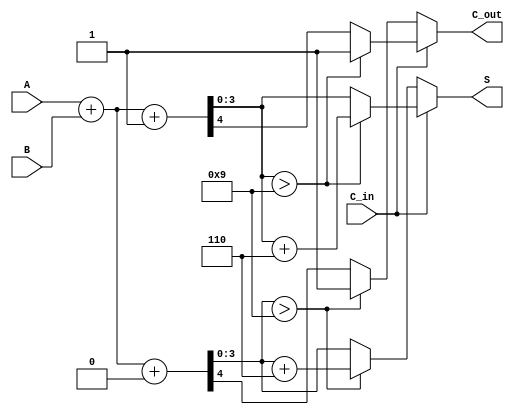
module BCD_Modified_Carry_Select_Adder (
    input [3:0] A,       // First BCD digit
    input [3:0] B,       // Second BCD digit
    input C_in,          // Carry input
    output reg [3:0] S,  // BCD result
    output reg C_out     // Carry output
);

    wire [4:0] sum0;     // Sum when C_in = 0
    wire [4:0] sum1;     // Sum when C_in = 1
    wire carry0;         // Carry out when C_in = 0
    wire carry1;         // Carry out when C_in = 1

    // Full Adder for C_in = 0
    assign sum0 = A + B + 1'b0; // Sum without carry
    assign carry0 = sum0[4];    // Carry out for C_in = 0

    // Full Adder for C_in = 1
    assign sum1 = A + B + 1'b1; // Sum with carry
    assign carry1 = sum1[4];    // Carry out for C_in = 1

    // BCD Correction Logic
    always @(*) begin
        if (C_in) begin
            // Select sum1 and check for BCD correction
            if (sum1[3:0] > 4'd9) begin
                S = sum1[3:0] + 4'd6; // Apply BCD correction
                C_out = 1;            // Set carry out
            end else begin
                S = sum1[3:0];
                C_out = carry1;       // Carry out from sum1
            end
        end else begin
            // Select sum0 and check for BCD correction
            if (sum0[3:0] > 4'd9) begin
                S = sum0[3:0] + 4'd6; // Apply BCD correction
                C_out = 1;            // Set carry out
            end else begin
                S = sum0[3:0];
                C_out = carry0;       // Carry out from sum0
            end
        end
    end

endmodule